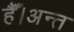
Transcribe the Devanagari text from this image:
हैँ।अन्त